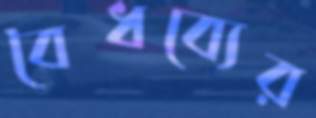
বৈধব্যের